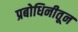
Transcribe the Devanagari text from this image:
प्रबोधिनीतून